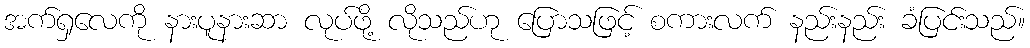
အက်ရှလေကို နားပူနားဆာ လုပ်ဖို့ လိုသည်ဟု ပြောသဖြင့် စကားလက် နည်းနည်း ခံပြင်းသည်။